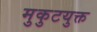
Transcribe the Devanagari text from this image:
मुकुटयुक्त